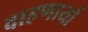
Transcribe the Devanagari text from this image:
वाहणार्या